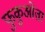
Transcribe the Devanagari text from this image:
फुकुओता